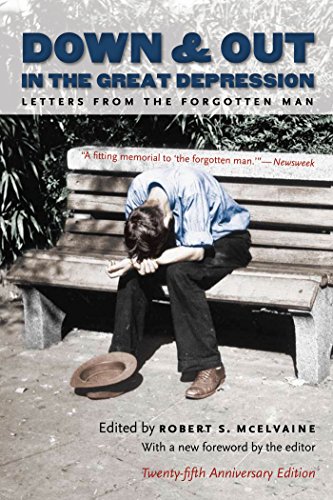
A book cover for Down and Out in the Great Depression: Letters from the Forgotten Man; Literature & Fiction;